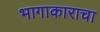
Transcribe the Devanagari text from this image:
भागाकाराचा